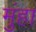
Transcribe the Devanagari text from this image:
मुंहा